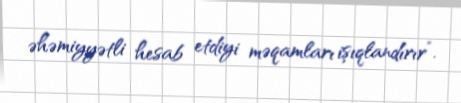
əhəmiyyətli hesab etdiyi məqamları işıqlandırır”.